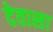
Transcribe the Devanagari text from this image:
देवासा